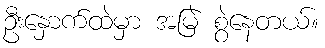
ဦးနှောက်ထဲမှာ အမြဲ စွဲနေတယ်။